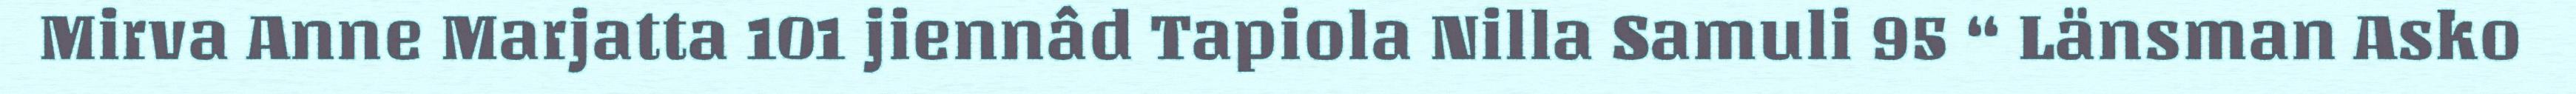
Mirva Anne Marjatta 101 jiennâd Tapiola Nilla Samuli 95 “ Länsman Asko